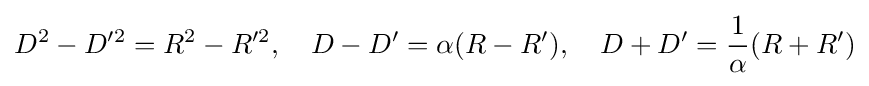
D^{2}-D^{\prime 2}=R^{2}-R^{\prime 2},\quad D-D'=\alpha (R-R'),\quad D+D'={\frac {1}{\alpha }}(R+R')